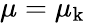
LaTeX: \mu=\mu_{\mathrm{k}}